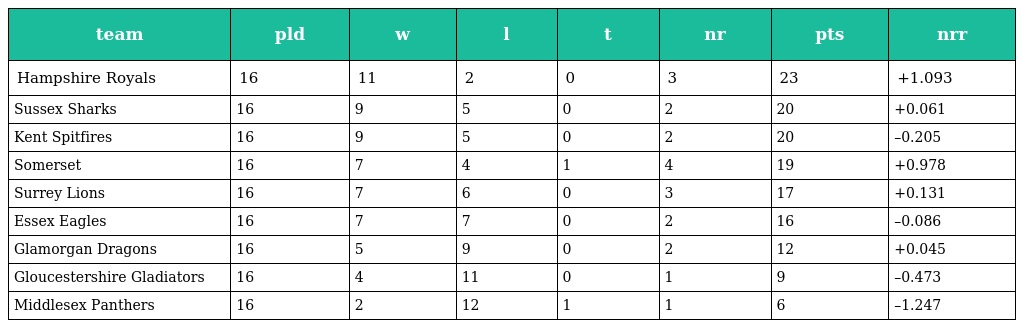
| team | pld | w | l | t | nr | pts | nrr |
 | --- | --- | --- | --- | --- | --- | --- | --- |
 | Hampshire Royals | 16 | 11 | 2 | 0 | 3 | 23 | +1.093 |
 | Sussex Sharks | 16 | 9 | 5 | 0 | 2 | 20 | +0.061 |
 | Kent Spitfires | 16 | 9 | 5 | 0 | 2 | 20 | –0.205 |
 | Somerset | 16 | 7 | 4 | 1 | 4 | 19 | +0.978 |
 | Surrey Lions | 16 | 7 | 6 | 0 | 3 | 17 | +0.131 |
 | Essex Eagles | 16 | 7 | 7 | 0 | 2 | 16 | –0.086 |
 | Glamorgan Dragons | 16 | 5 | 9 | 0 | 2 | 12 | +0.045 |
 | Gloucestershire Gladiators | 16 | 4 | 11 | 0 | 1 | 9 | –0.473 |
 | Middlesex Panthers | 16 | 2 | 12 | 1 | 1 | 6 | –1.247 |